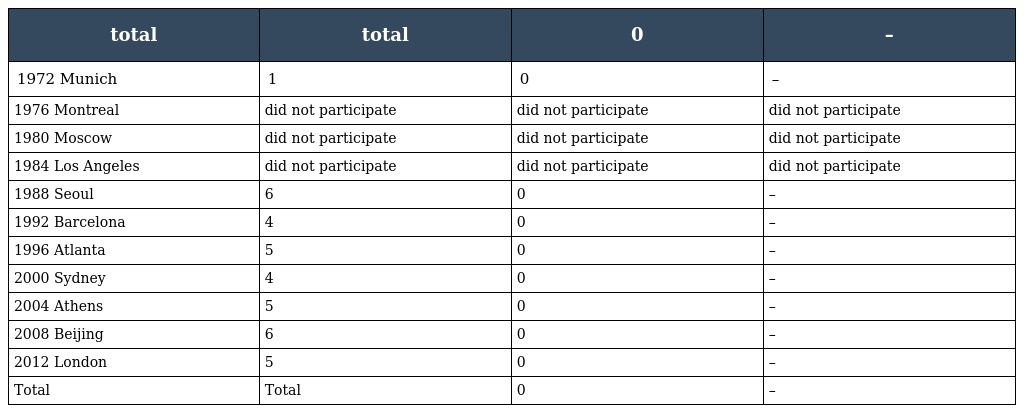
| total | total | 0 | – |
 | --- | --- | --- | --- |
 | 1972 Munich | 1 | 0 | – |
 | 1976 Montreal | did not participate | did not participate | did not participate |
 | 1980 Moscow | did not participate | did not participate | did not participate |
 | 1984 Los Angeles | did not participate | did not participate | did not participate |
 | 1988 Seoul | 6 | 0 | – |
 | 1992 Barcelona | 4 | 0 | – |
 | 1996 Atlanta | 5 | 0 | – |
 | 2000 Sydney | 4 | 0 | – |
 | 2004 Athens | 5 | 0 | – |
 | 2008 Beijing | 6 | 0 | – |
 | 2012 London | 5 | 0 | – |
 | Total | Total | 0 | – |